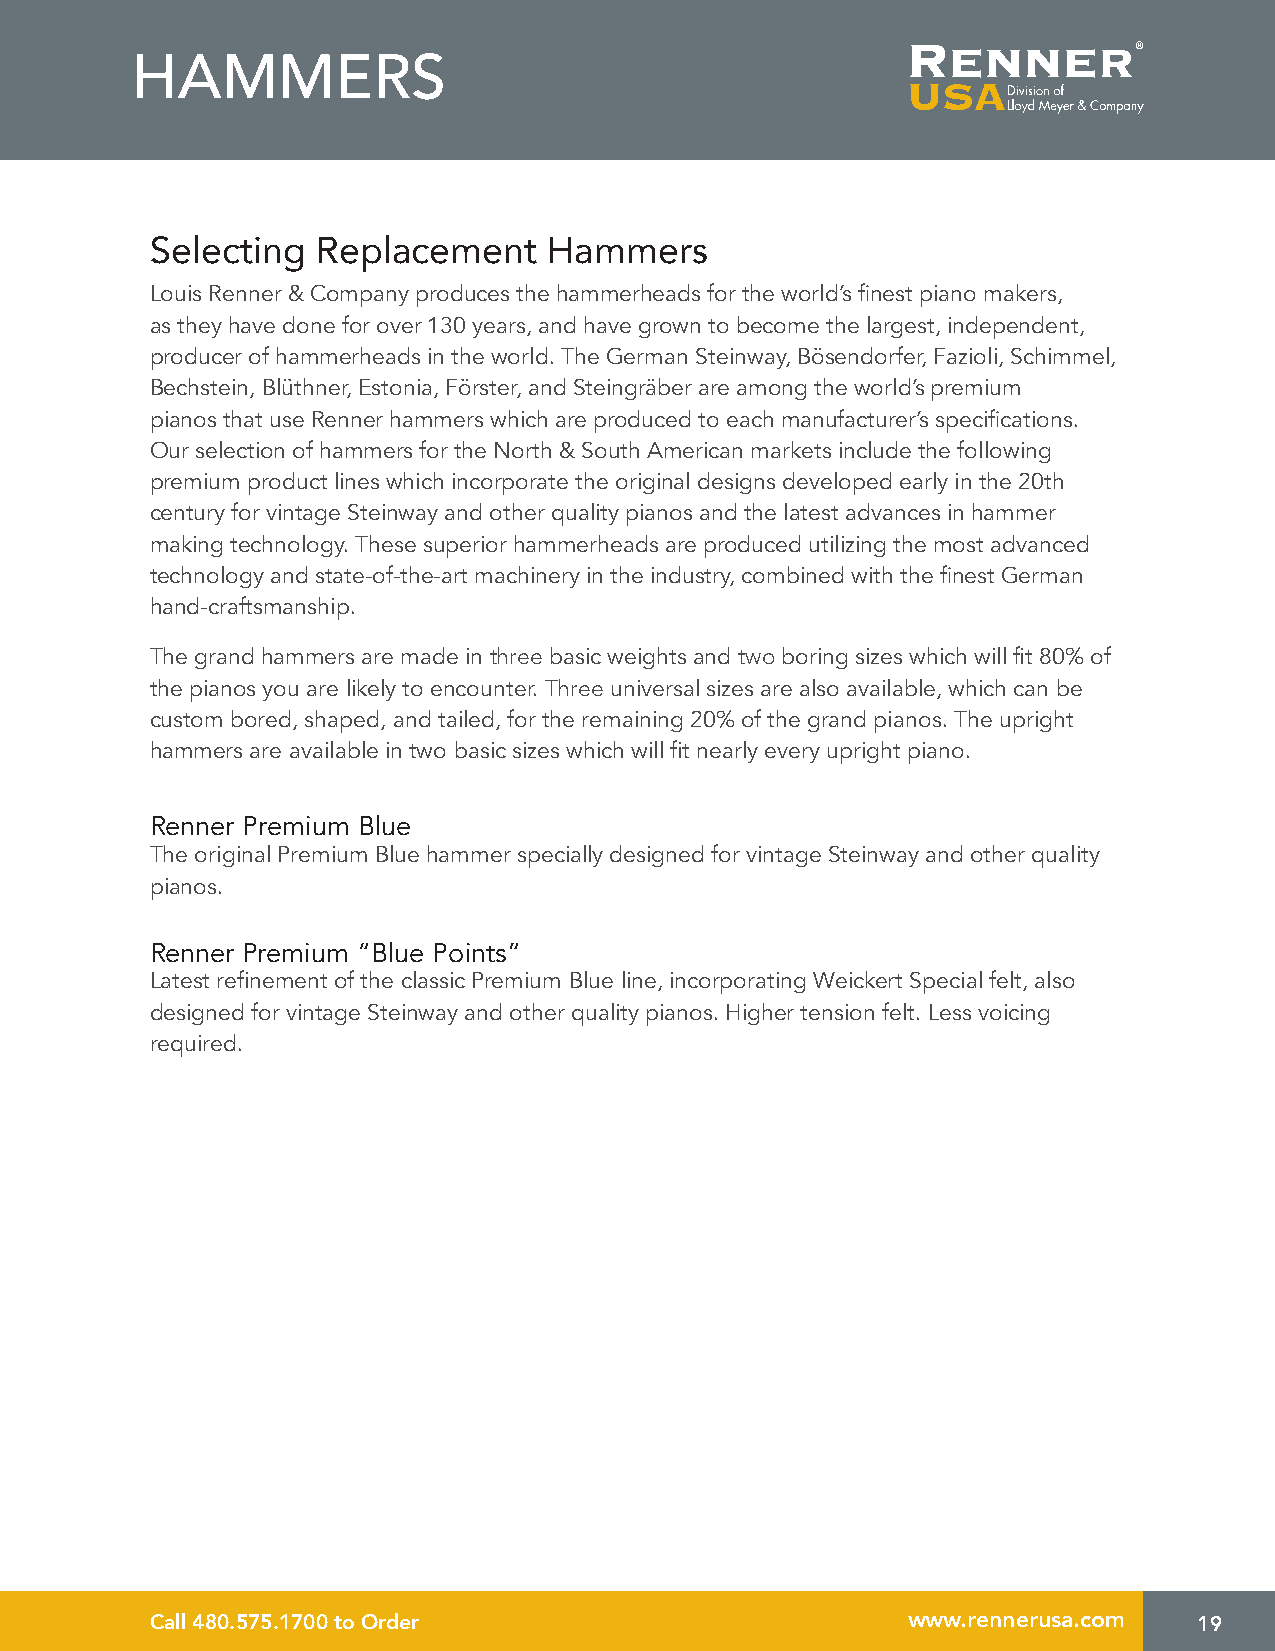
HAMMERS
 Selecting  Replacement    Hammers
 Louis Renner & Company produces the hammerheads for the world’s finest piano makers,
 as they have done for over 130 years, and have grown to become the largest, independent,
 producer of hammerheads in the world. The German Steinway, Bösendorfer, Fazioli, Schimmel,
 Bechstein, Blüthner, Estonia, Förster, and Steingräber are among the world’s premium
 pianos that use Renner hammers which are produced to each manufacturer’s specifications.
 Our selection of hammers for the North & South American markets include the following
 premium product lines which incorporate the original designs developed early in the 20th
 century for vintage Steinway and other quality pianos and the latest advances in hammer
 making technology. These superior hammerheads are produced utilizing the most advanced
 technology and state-of-the-art machinery in the industry, combined with the finest German
 hand-craftsmanship.
 The grand hammers are made in three basic weights and two boring sizes which will fit 80% of
 the pianos you are likely to encounter. Three universal sizes are also available, which can be
 custom bored, shaped, and tailed, for the remaining 20% of the grand pianos. The upright
 hammers are available in two basic sizes which will fit nearly every upright piano.
 Renner Premium Blue
 The original Premium Blue hammer specially designed for vintage Steinway and other quality
 pianos.
 Renner Premium “Blue Points”
 Latest refinement of the classic Premium Blue line, incorporating Weickert Special felt, also
 designed for vintage Steinway and other quality pianos. Higher tension felt. Less voicing
 required.
 Call 480.575.1700 to Order                        www.rennerusa.com  19